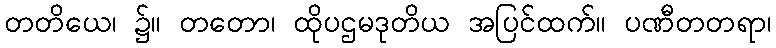
တတိယေ၊ ၌။ တတော၊ ထိုပဌမဒုတိယ အပြင်ထက်။ ပဏီတတရာ၊